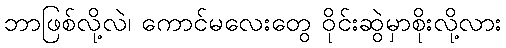
ဘာဖြစ်လို့လဲ၊ ကောင်မလေးတွေ ဝိုင်းဆွဲမှာစိုးလို့လား